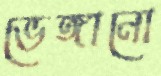
ভেঙ্গানো